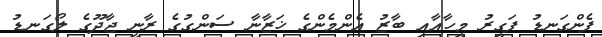
ފެންގަނޑު ފަގީރު މީހާއާއި ބާޒު އެންމެންގެ ޚަޒާނާ ސަންގުގެ ރާނީ ޖާދޫގެ ލޯގަނޑު